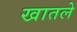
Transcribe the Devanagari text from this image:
खातले